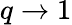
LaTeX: q\rightarrow 1